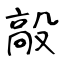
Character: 毃